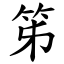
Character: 笫